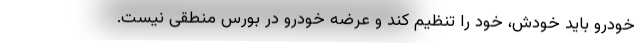
خودرو باید خودش، خود را تنظیم کند و عرضه خودرو در بورس منطقی نیست.